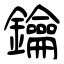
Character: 鑰